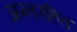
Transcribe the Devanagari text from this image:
अन्तरहित